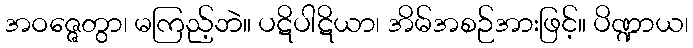
အဝဇ္ဇေတွာ၊ မကြည့်ဘဲ။ ပဋိပါဋိယာ၊ အိမ်အစဉ်အားဖြင့်။ ပိဏ္ဍာယ၊